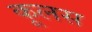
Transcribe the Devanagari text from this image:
कूलस